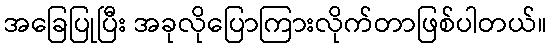
အခြေပြုပြီး အခုလိုပြောကြားလိုက်တာဖြစ်ပါတယ်။